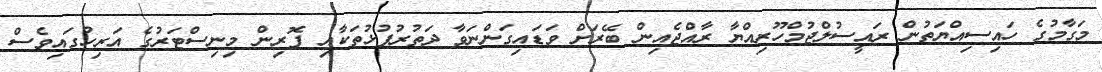
މަގާމުގެ ހައިސިއްޔަތުން ރައީސުލްޖުމްހޫރިއްޔާ ރާއްޖެއިން ބޭރަށް ވަޑައިގަންނަވާ ދަތުރުފުޅުތަކާއި ފޮރިން މިނިސްޓަރުގެ އަރިހުގައިވެސް